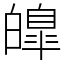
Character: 皥